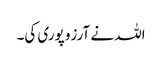
اللہ نے آرزو پوری کی۔